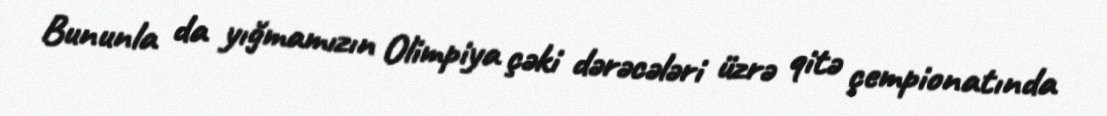
Bununla da yığmamızın Olimpiya çəki dərəcələri üzrə qitə çempionatında